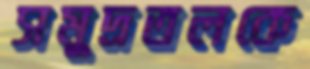
সমুদ্রতলকে